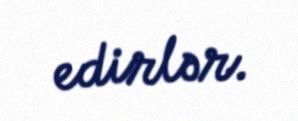
edirlər.